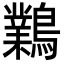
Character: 鸈